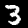
Label: 3